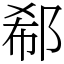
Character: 郗